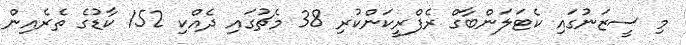
މި ސީޒަނުގައި ކެޓަލަންބާގް ރެފްރީކަންކުރި 38 މެޗުގައި ދެއްކި 152 ކާޑުގެ ތެރެއިން